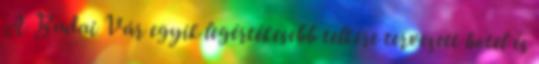
A Budai Vár egyik legértékesebb telkére tervezett hotel és